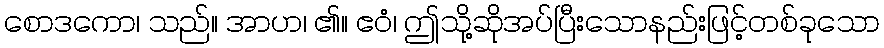
စောဒကော၊ သည်။ အာဟ၊ ၏။ ဧဝံ၊ ဤသို့ဆိုအပ်ပြီးသောနည်းဖြင့်တစ်ခုသော